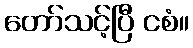
တော်သင့်ပြီ ငစံ။